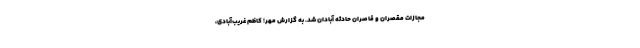
مجازات مقصران و قاصران حادثه آبادان شد. به گزارش مهر؛ کاظم غریب‌آبادی،